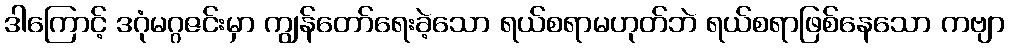
ဒါကြောင့် ဒဂုံမဂ္ဂဇင်းမှာ ကျွန်တော်ရေးခဲ့သော ရယ်စရာမဟုတ်ဘဲ ရယ်စရာဖြစ်နေသော ကဗျာ